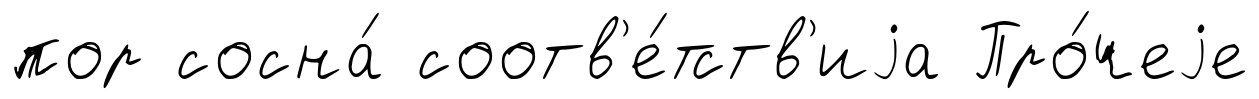
пор сосна́ соотв'е́тств'иjа Про́чеjе